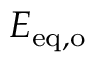
E _ { \mathrm { e q } , \mathrm { o } }